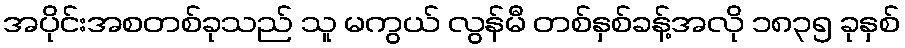
အပိုင်းအစတစ်ခုသည် သူ မကွယ် လွန်မီ တစ်နှစ်ခန့်အလို ၁၈၃၅ ခုနှစ်